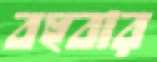
বহুবার